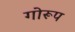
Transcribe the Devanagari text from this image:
गोरूप